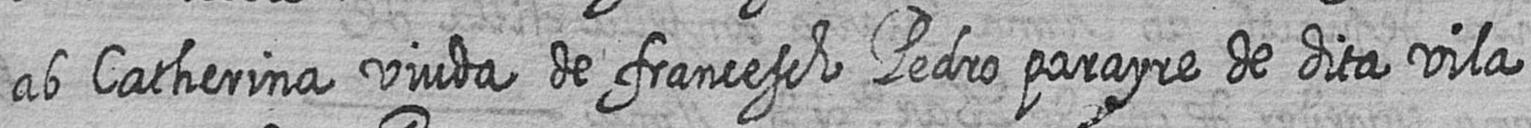
ab Catherina viuda de francesch Pedro parayre de dita vila